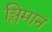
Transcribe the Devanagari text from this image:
श्लिमान